Report on the nature of kala-azar
Disease focus: Kala-Azar
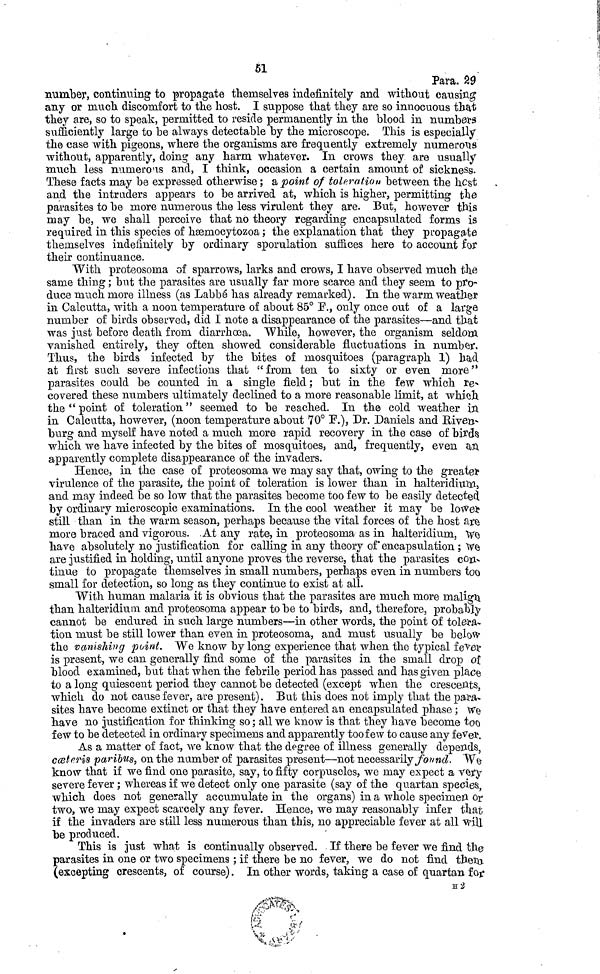
51
Para. 80
number, continuing to propagate themselves indefinitely and without causing
any or much discomfort to the host. I suppose that they are so innocuous that
they are, so to speak, permitted to reside permanently in the blood in numbers
sufficiently large to be always detectable by the microscope. This is especially
the case with pigeons, where the organisms are frequently extremely numerous
without, apparently, doing any harm whatever. In crows they are usually
much less numerous and, I think, occasion a certain amount of sickness.
These facts may be expressed otherwise ; a point of toleration between the host
and the intruders appears to be arrived at, which is higher, permitting the
parasites to be more numerous the less virulent they are. But, however this
may be, we shall perceive that no theory regarding encapsulated forms is
required in this species of hæmocytozoa ; the explanation that they propagate
themselves indefinitely by ordinary sporulation suffices here to account for
their continuance.
With proteosoma of sparrows, larks and crows, I have observed much the
same thing ; but the parasites are usually far more scarce and they seem to pro-
duce much more illness (as Labbé has already remarked). In the warm weather
in Calcutta, with a noon temperature of about 85° F., only once out of a large
number of birds observed, did I note a disappearance of the parasites—and that
was just before death from diarrhoea. While, however, the organism seldom
vanished entirely, they often showed considerable fluctuations in number.
Thus, the birds infected by the bites of mosquitoes (paragraph 1) had
at first such severe infections that "from ten to sixty or even more"
parasites could be counted in a single field ; but in the few which re-
covered these numbers ultimately declined to a more reasonable limit, at which
the " point of toleration " seemed to be reached. In the cold weather in
in Calcutta, however, (noon temperature about 70° F.), Dr. Daniels and Riven-
burg and myself have noted a much more rapid recovery in the case of birds
which we have infected by the bites of mosquitoes, and, frequently, even an
apparently complete disappearance of the invaders.
Hence, in the case of proteosoma we may say that, owing to the greater
virulence of the parasite, the point of toleration is lower than in halteridium,
and may indeed be so low that the parasites become too few to be easily detected
by ordinary microscopic examinations. In the cool weather it may be lower
still than in the warm season, perhaps because the vital forces of the host are
more braced and vigorous. At any rate, in proteosoma as in halteridium, we
have absolutely no justification for calling in any theory of encapsulation ; we
are justified in holding, until anyone proves the reverse, that the parasites con-
tinue to propagate themselves in small numbers, perhaps even in numbers too
small for detection, so long as they continue to exist at all.
With human malaria it is obvious that the parasites are much more malign
than halteridium and proteosoma appear to be to birds, and, therefore, probably
cannot be endured in such large numbers—in other words, the point of tolera-
tion must be still lower than even in proteosoma, and must usually be below
the vanishing point. We know by long experience that when the typical fever
is present, we can generally find some of the parasites in the small drop of
blood examined, but that when the febrile period has passed and has given place
to a long quiescent period they cannot be detected (except when the crescents,
which do not cause fever, are present). But this does not imply that the para-
sites have become extinct or that they have entered an encapsulated phase ; we
have no justification for thinking so ; all we know is that they have become too
few to be detected in ordinary specimens and apparently too few to cause any fever.
As a matter of fact, we know that the degree of illness generally depends,
cæteris paribus, on the number of parasites present—not necessarily found. We
know that if we find one parasite, say, to fifty corpuscles, we may expect a very
severe fever ; whereas if we detect only one parasite (say of the quartan species,
which does not generally accumulate in the organs) in a whole specimen or
two, we may expect scarcely any fever. Hence, we may reasonably infer that
if the invaders are still less numerous than this, no appreciable fever at all will
be produced.
This is just what is continually observed. If there be fever we find the
parasites in one or two specimens ; if there be no fever, we do not find them
(excepting crescents, of course). In other words, taking a case of quartan for
H 2